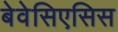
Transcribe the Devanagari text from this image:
बेवेसिएसिस